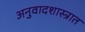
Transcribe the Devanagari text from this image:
अनुवादशास्त्रात